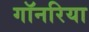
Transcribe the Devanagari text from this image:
गॉनरिया